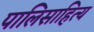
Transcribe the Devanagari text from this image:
पालिसाहित्य